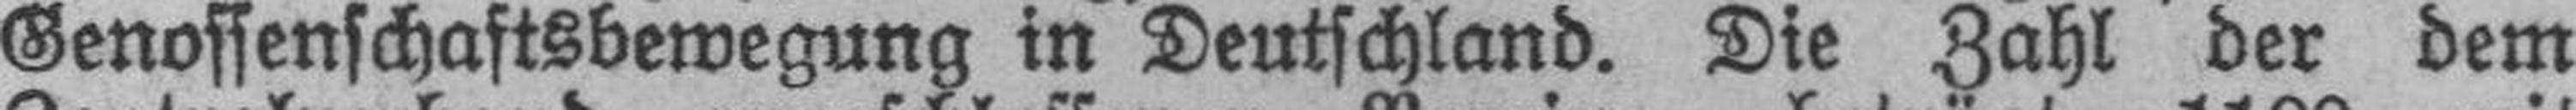
Genossenschaftsbewegung in Deutschland. Die Zahl der dem